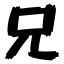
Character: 兄